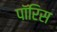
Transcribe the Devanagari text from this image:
पॉरिस